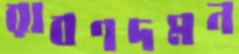
রাবণদমন